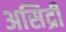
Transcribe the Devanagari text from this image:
असिद्री